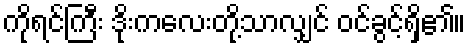
ကိုရင်ကြီး ဒိုးကလေးတို့သာလျှင် ဝင်ခွင့်ရှိ၏။